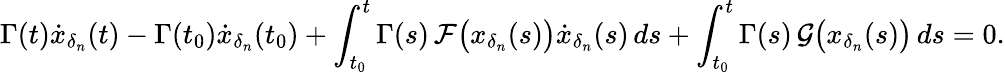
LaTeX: \Gamma(t)\dot{x}_{\delta_{n}}(t)-\Gamma(t_{0})\dot{x}_{\delta_{n}}(t_{0})+\int_{t_{0}}^{t}\Gamma(s)\, \mathcal F\big(x_{\delta_{n}}(s)\big)\dot{x}_{\delta_{n}}(s)\, ds+\int_{t_{0}}^{t}\Gamma(s)\, \mathcal G\big(x_{\delta_{n}}(s)\big)\, ds=0.